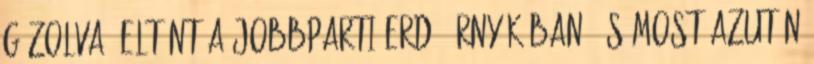
gázolva, eltünt a jobbparti erdő árnyékában. És most azután